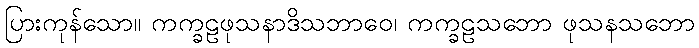
ပြားကုန်သော။ ကက္ခဠဖုသနာဒိသဘာဝေ၊ ကက္ခဠသဘော ဖုသနသဘော